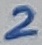
Text: 2